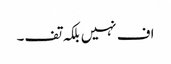
اف نہیں بلکہ تف۔